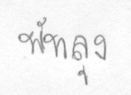
พัทลุง